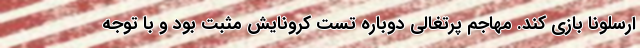
ارسلونا بازی کند. مهاجم پرتغالی دوباره تست کرونایش مثبت بود و با توجه